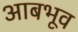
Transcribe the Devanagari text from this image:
आबभूव